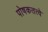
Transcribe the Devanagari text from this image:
पोषकतत्वे